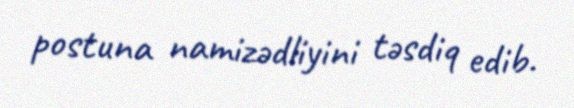
postuna namizədliyini təsdiq edib.